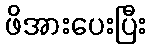
ဖိအားပေးပြီး